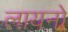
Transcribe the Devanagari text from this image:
लायनो